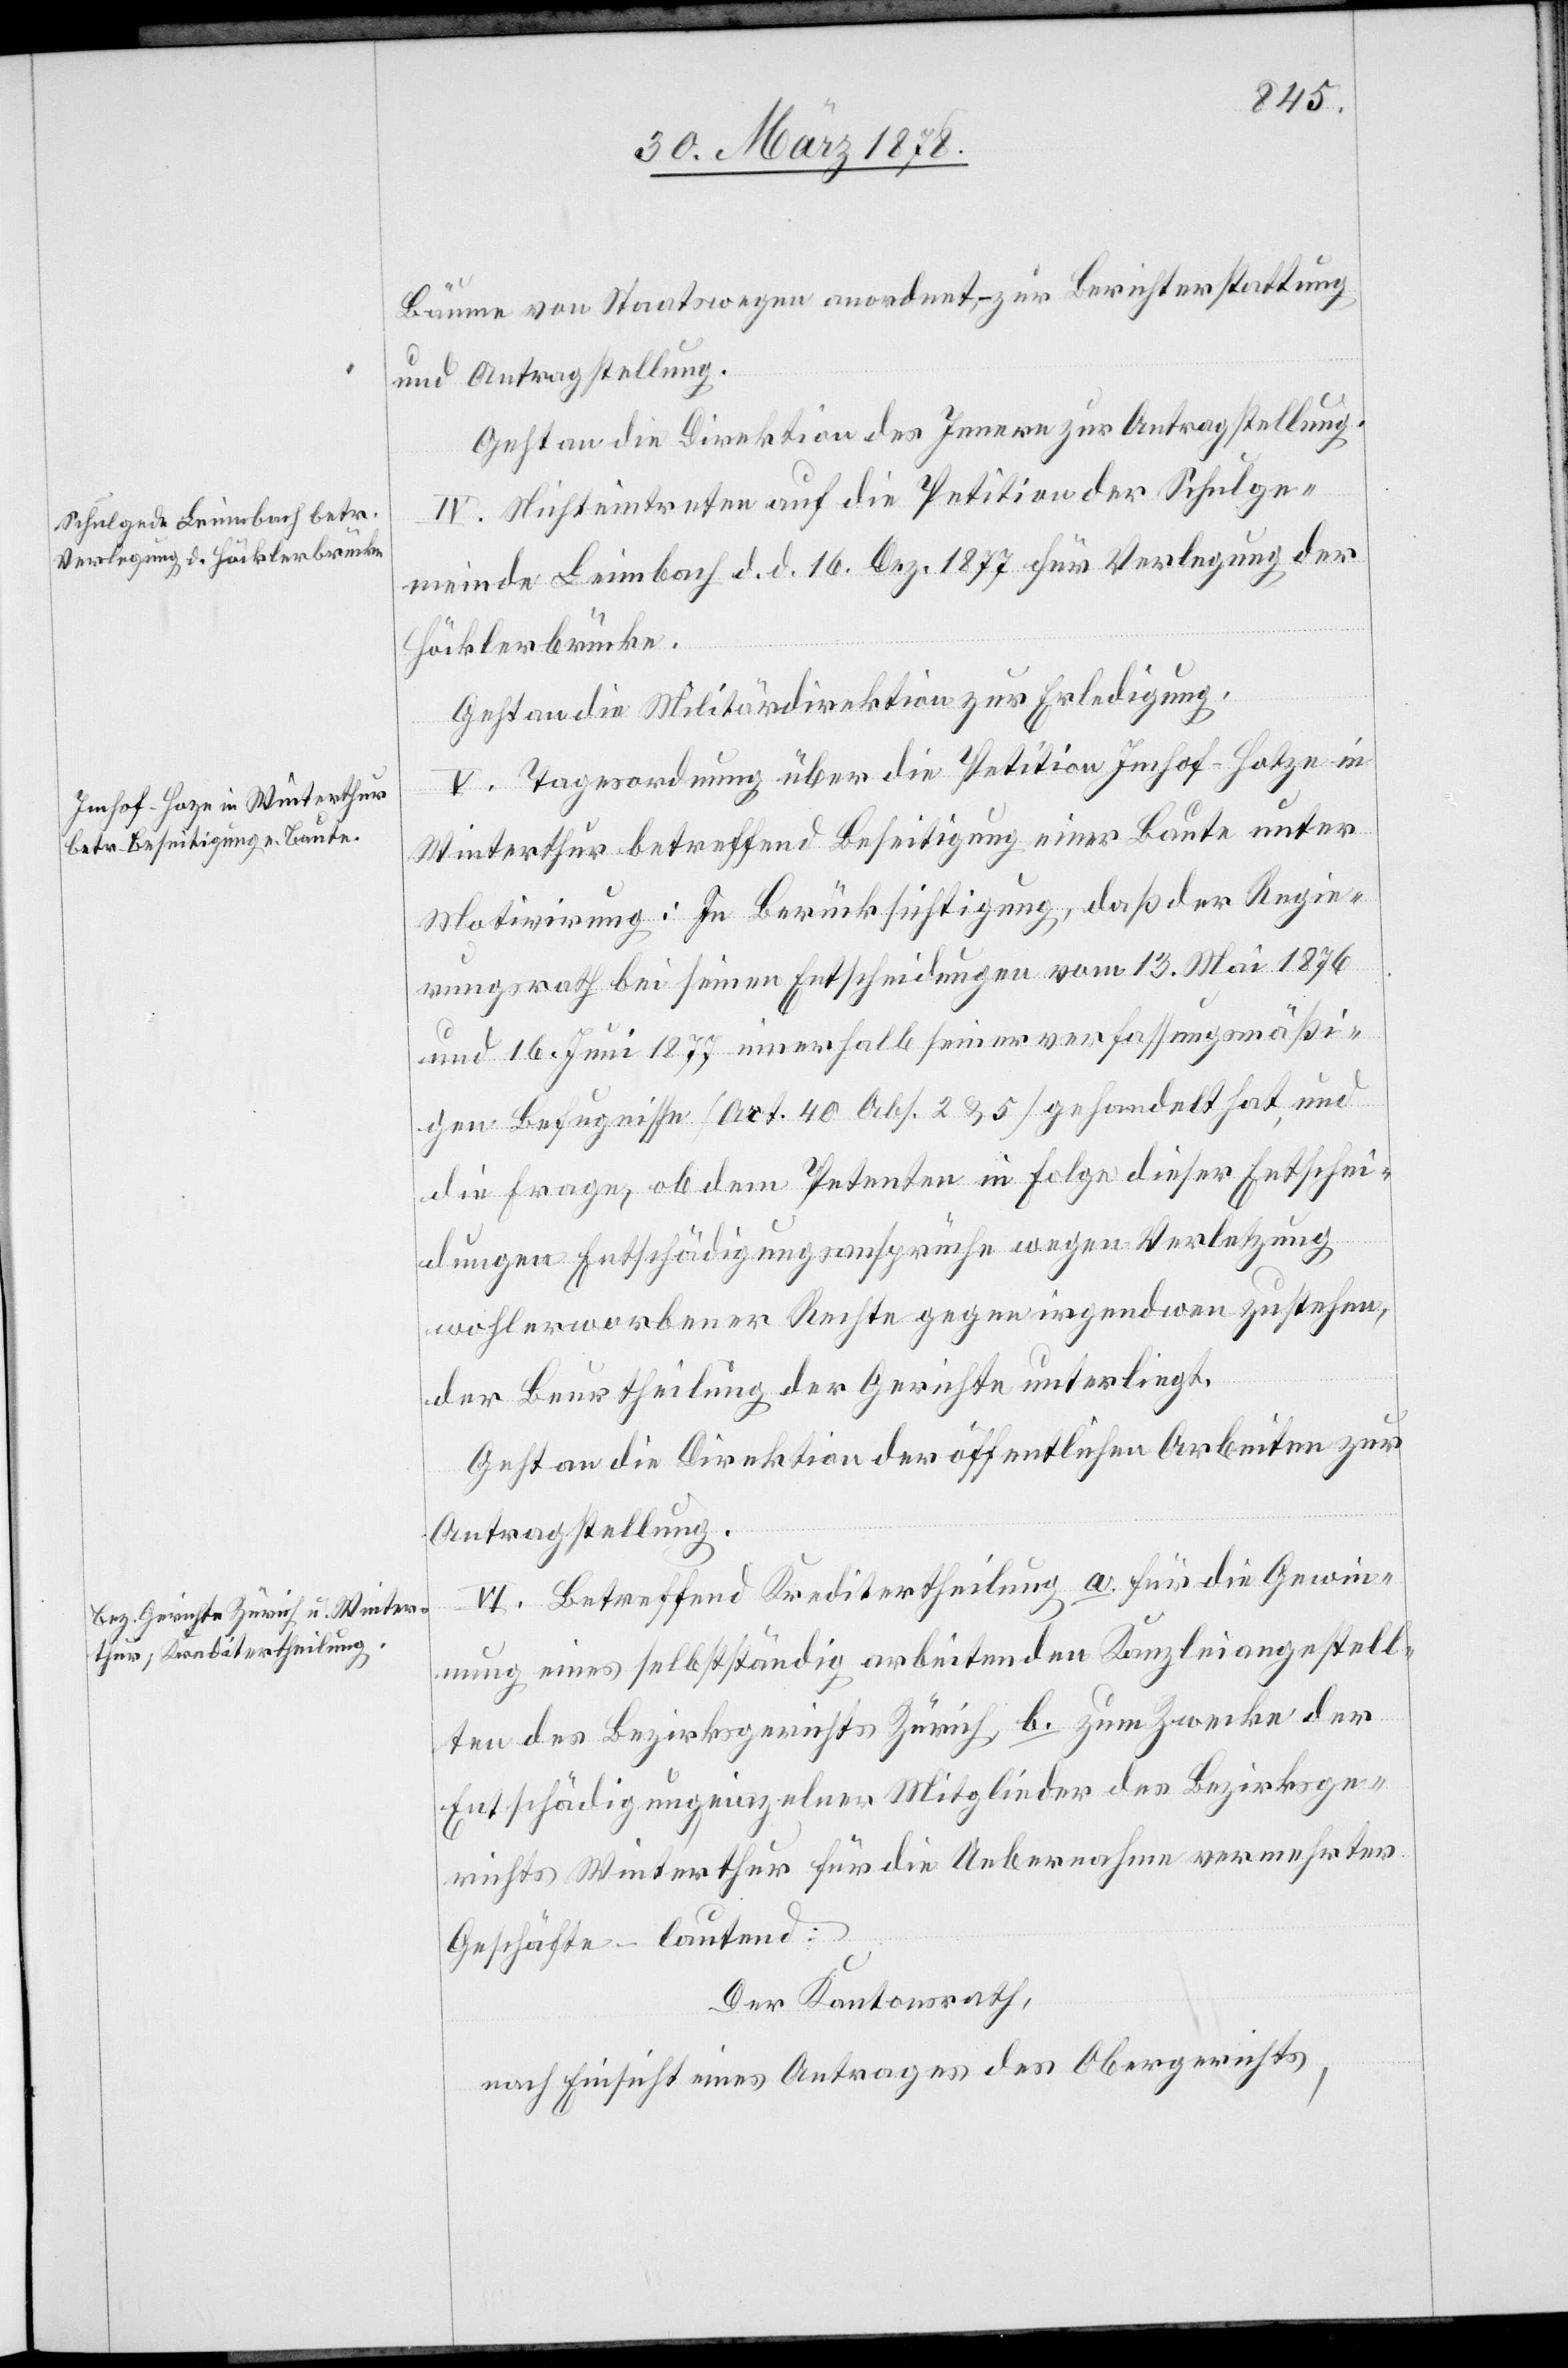
Bäume von Staatswegen anordnet – zur Berichterstattung
und Antragstellung.
Geht an die Direktion des Innern zur Antragstellung.
IV. Nichteintreten auf die Petition der Schulge¬
meinde Leimbach d. d. 16. Dez. 1877 für Verlegung der
Höcklerbrücke.
Geht an die Militärdirektion zur Erledigung.
V. Tagesordnung über die Petition Imhof-Hotze
Winterthur betreffend Beseitigung einer Baute unter
Motivirung: In Berücksichtigung, daß der Regie¬
rungsrath bei seinen Entscheidungen vom 13. Mai 1876
und 16. Juni 1877 innerhalb seiner verfassungsmäßi¬
gen Befugnisse (Art. 40 Abs. 2 & 5) gehandelt hat, und
die Frage, ob dem Petenten in Folge dieser Entschei¬
dungen Entschädigungsansprüche wegen Verletzung
wohlerworbener Rechte gegen irgendwen zustehen,
der Beurtheilung der Gerichte unterliegt.
Geht an die Direktion der öffentlichen Arbeiten zur
Antragstellung.
VI. Betreffend Kreditertheilung a. für die Gewin¬
nung eines selbstständig arbeitenden Kanzleiangestell¬
ten des Bezirksgerichts Zürich b. zum Zwecke der
Entschädigung einzelner Mitglieder des Bezirksge¬
richts Winterthur für die Uebernahme vermehrter
Geschäfte – lautend:
Der Kantonsrath,
nach Einsicht eines Antrages des Obergerichts,